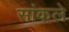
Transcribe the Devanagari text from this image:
सांकले